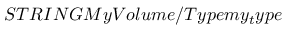
S T R I N G M y V o l u m e / T y p e m y _ { t } y p e